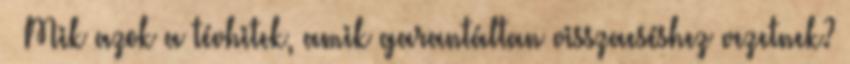
· Mik azok a tévhitek, amik garantáltan visszaeséshez vezetnek?